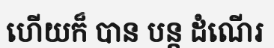
ហើយក៏ បាន បន្ត ដំណើរ